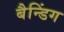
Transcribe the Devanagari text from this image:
बैन्डिंग